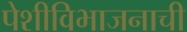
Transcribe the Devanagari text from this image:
पेशीविभाजनाची